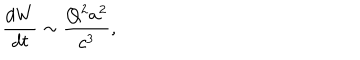
LaTeX: \frac { d W } { d t } \sim \frac { Q ^ { 2 } a ^ { 2 } } { c ^ { 3 } } ,